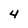
Character: 4